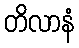
တိလာနံ